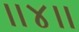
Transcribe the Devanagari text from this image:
।।४।।